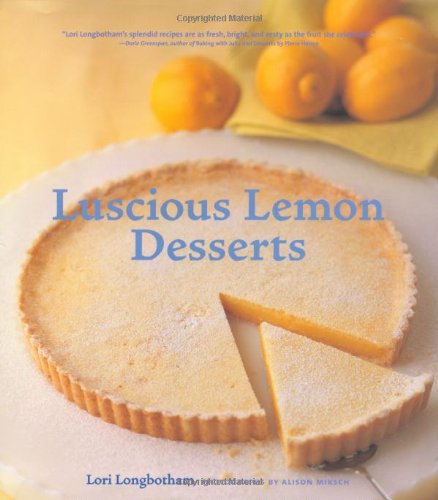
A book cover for Luscious Lemon Desserts; Lori Longbotham; Cookbooks, Food & Wine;